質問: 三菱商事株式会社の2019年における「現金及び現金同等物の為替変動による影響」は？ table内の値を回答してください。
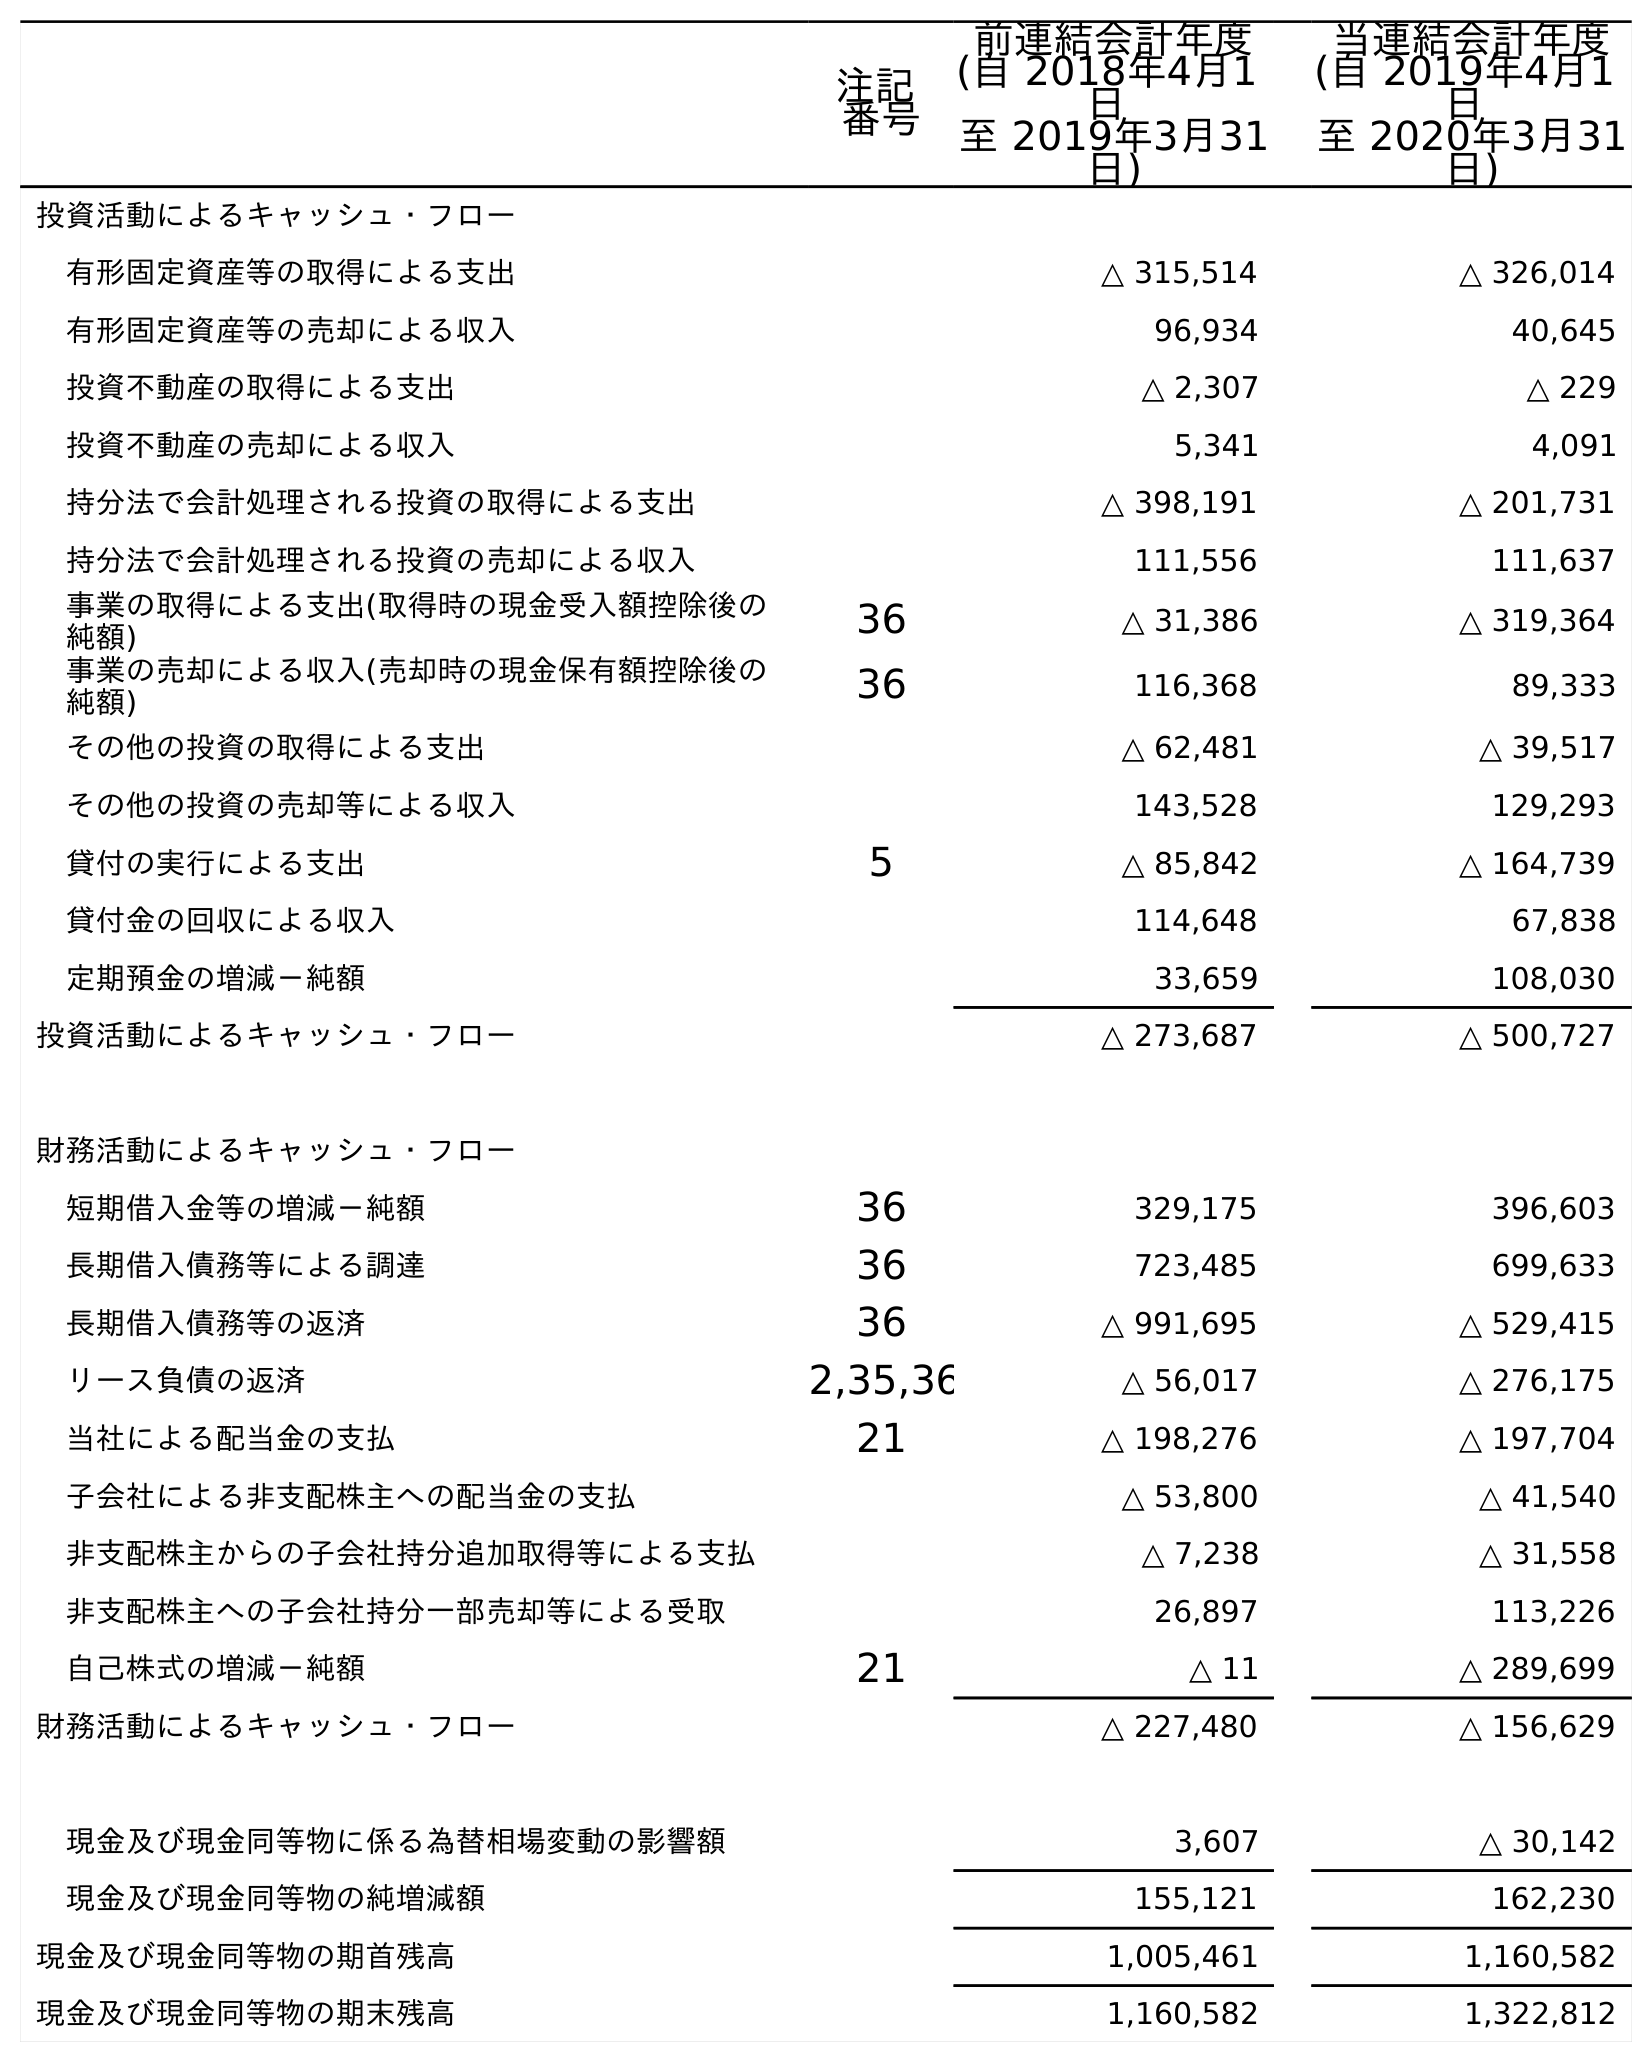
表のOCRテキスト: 注記 番号 前連結会計年度 (自 2018年4月1 日 至 2019年3月31 日) 当連結会計年度 (自 2019年4月1 日 至 2020年3月31 日) 投資活動によるキャッシュ・フロー 有形固定資産等の取得による支出 △ 315,514 △ 326,014 有形固定資産等の売却による収入 96,934 40,645 投資不動産の取得による支出 △ 2,307 △ 229 投資不動産の売却による収入 5,341 4,091 持分法で会計処理される投資の取得による支出 △ 398,191 △ 201,731 持分法で会計処理される投資の売却による収入 111,556 111,637 事業の取得による支出(取得時の現金受入額控除後の 純額) 36 △ 31,386 △ 319,364 事業の売却による収入(売却時の現金保有額控除後の 純額) 36 116,368 89,333 その他の投資の取得による支出 △ 62,481 △ 39,517 その他の投資の売却等による収入 143,528 129,293 貸付の実行による支出 5 △ 85,842 △ 164,739 貸付金の回収による収入 114,648 67,838 定期預金の増減－純額 33,659 108,030 投資活動によるキャッシュ・フロー △ 273,687 △ 500,727 財務活動によるキャッシュ・フロー 短期借入金等の増減－純額 36 329,175 396,603 長期借入債務等による調達 36 723,485 699,633 長期借入債務等の返済 36 △ 991,695 △ 529,415 リース負債の返済 2,35,36 △ 56,017 △ 276,175 当社による配当金の支払 21 △ 198,276 △ 197,704 子会社による非支配株主への配当金の支払 △ 53,800 △ 41,540 非支配株主からの子会社持分追加取得等による支払 △ 7,238 △ 31,558 非支配株主への子会社持分一部売却等による受取 26,897 113,226 自己株式の増減－純額 21 △ 11 △ 289,699 財務活動によるキャッシュ・フロー △ 227,480 △ 156,629 現金及び現金同等物に係る為替相場変動の影響額 3,607 △ 30,142 現金及び現金同等物の純増減額 155,121 162,230 現金及び現金同等物の期首残高 1,005,461 1,160,582 現金及び現金同等物の期末残高 1,160,582 1,322,812
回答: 3,607